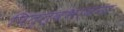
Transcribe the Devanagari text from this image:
पितृत्वभावना